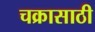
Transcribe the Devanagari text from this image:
चक्रासाठी